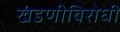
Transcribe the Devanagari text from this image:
खंडणीविरोधी